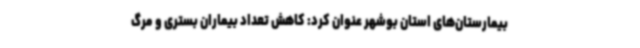
بیمارستان‌های استان بوشهر عنوان کرد: کاهش تعداد بیماران بستری و مرگ